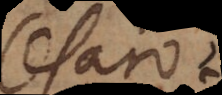
Celaro.